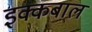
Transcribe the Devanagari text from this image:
इक्कबाल